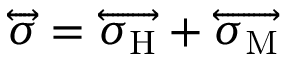
\overleftrightarrow { \boldsymbol { \sigma } } = \overleftrightarrow { \boldsymbol { \sigma } _ { \mathrm { H } } } + \overleftrightarrow { \boldsymbol { \sigma } _ { \mathrm { M } } }